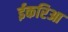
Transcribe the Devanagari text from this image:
ईकरिआ